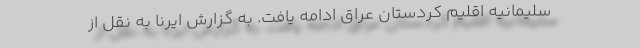
سلیمانیه اقلیم کردستان عراق ادامه یافت. به گزارش ایرنا به نقل از